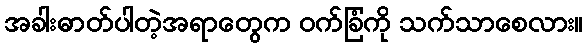
အခါးဓာတ်ပါတဲ့အရာတွေက ဝက်ခြံကို သက်သာစေလား။